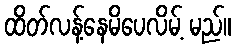
ထိတ်လန့်နေမိပေလိမ့် မည်။